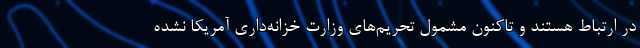
در ارتباط هستند و تاکنون مشمول تحریم‌های وزارت خزانه‌داری آمریکا نشده